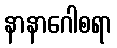
နာနာဂေါစရာ